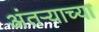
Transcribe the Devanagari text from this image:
अंतऱ्याच्या